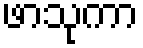
ဖာသုကာ